Civil Veterinary Department Bihar & Orissa reports 1929-36 - 1929-1936
Year: 1929
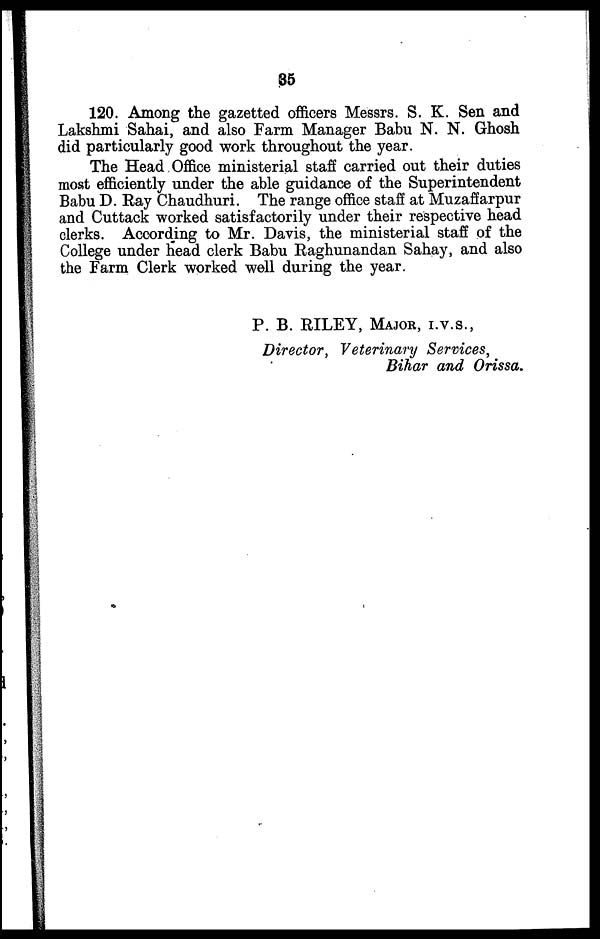
35
120. Among the gazetted officers Messrs. S. K. Sen and
Lakshmi Sahai, and also Farm Manager Babu N. N. Ghosh
did particularly good work throughout the year.
The Head Office ministerial staff carried out their duties
most efficiently under the able guidance of the Superintendent
Babu D. Ray Chaudhuri. The range office staff at Muzaffarpur
and Cuttack worked satisfactorily under their respective head
clerks. According to Mr. Davis, the ministerial staff of the
College under head clerk Babu Raghunandan Sahay, and also
the Farm Clerk worked well during the year.
P. B. RILEY, MAJOR, I.V.S.,
Director, Veterinary Services,
Bihar and Orissa.